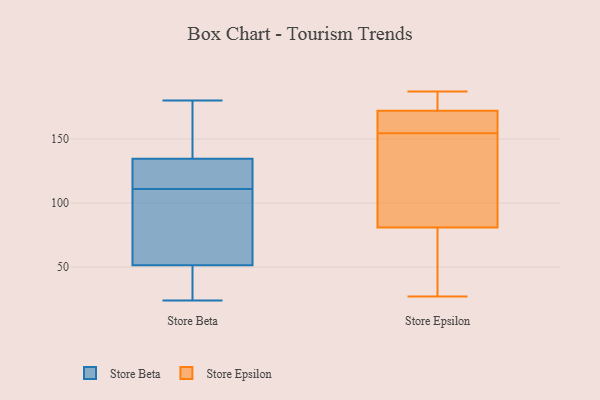
{"axis": {"x": "Satisfaction Score", "y": "Value"}, "legend": ["Store Beta", "Store Epsilon"], "data": [{"x": "", "y": 24, "type": "Store Beta"}, {"x": "", "y": 112, "type": "Store Beta"}, {"x": "", "y": 155, "type": "Store Beta"}, {"x": "", "y": 37, "type": "Store Beta"}, {"x": "", "y": 60, "type": "Store Beta"}, {"x": "", "y": 116, "type": "Store Beta"}, {"x": "", "y": 43, "type": "Store Beta"}, {"x": "", "y": 127, "type": "Store Beta"}, {"x": "", "y": 110, "type": "Store Beta"}, {"x": "", "y": 180, "type": "Store Beta"}, {"x": "", "y": 142, "type": "Store Beta"}, {"x": "", "y": 76, "type": "Store Beta"}, {"x": "", "y": 148, "type": "Store Epsilon"}, {"x": "", "y": 27, "type": "Store Epsilon"}, {"x": "", "y": 177, "type": "Store Epsilon"}, {"x": "", "y": 161, "type": "Store Epsilon"}, {"x": "", "y": 187, "type": "Store Epsilon"}, {"x": "", "y": 77, "type": "Store Epsilon"}, {"x": "", "y": 132, "type": "Store Epsilon"}, {"x": "", "y": 85, "type": "Store Epsilon"}, {"x": "", "y": 58, "type": "Store Epsilon"}, {"x": "", "y": 167, "type": "Store Epsilon"}, {"x": "", "y": 163, "type": "Store Epsilon"}, {"x": "", "y": 177, "type": "Store Epsilon"}]}